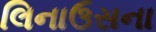
લિનાઉસના